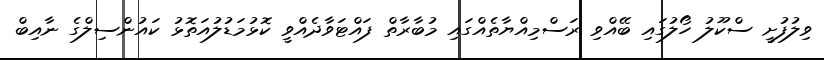
ވިލުފުށީ ސްކޫލު ހޯލުގައި ބޭއްވި ރަސްމިއްޔާތެއްގައި މުބާރާތް ފައްޓަވާދެއްވީ ކޮޅުމަޑުލުއަތޮޅު ކައުންސިލްގެ ނާއިބް